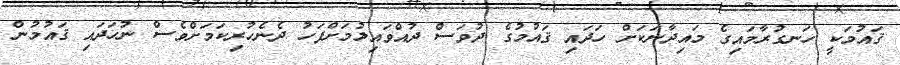
ޤައުމަކީ ހަނގުރާމައިގެ މައިދާނަކަށް ހަދައި ޤައުމުގެ ދުވަސް ދުއްވައިލުމަށްފަހު ދެނެހުރިކަމަށްވެސް ނުހަދައި ޤައުމުން